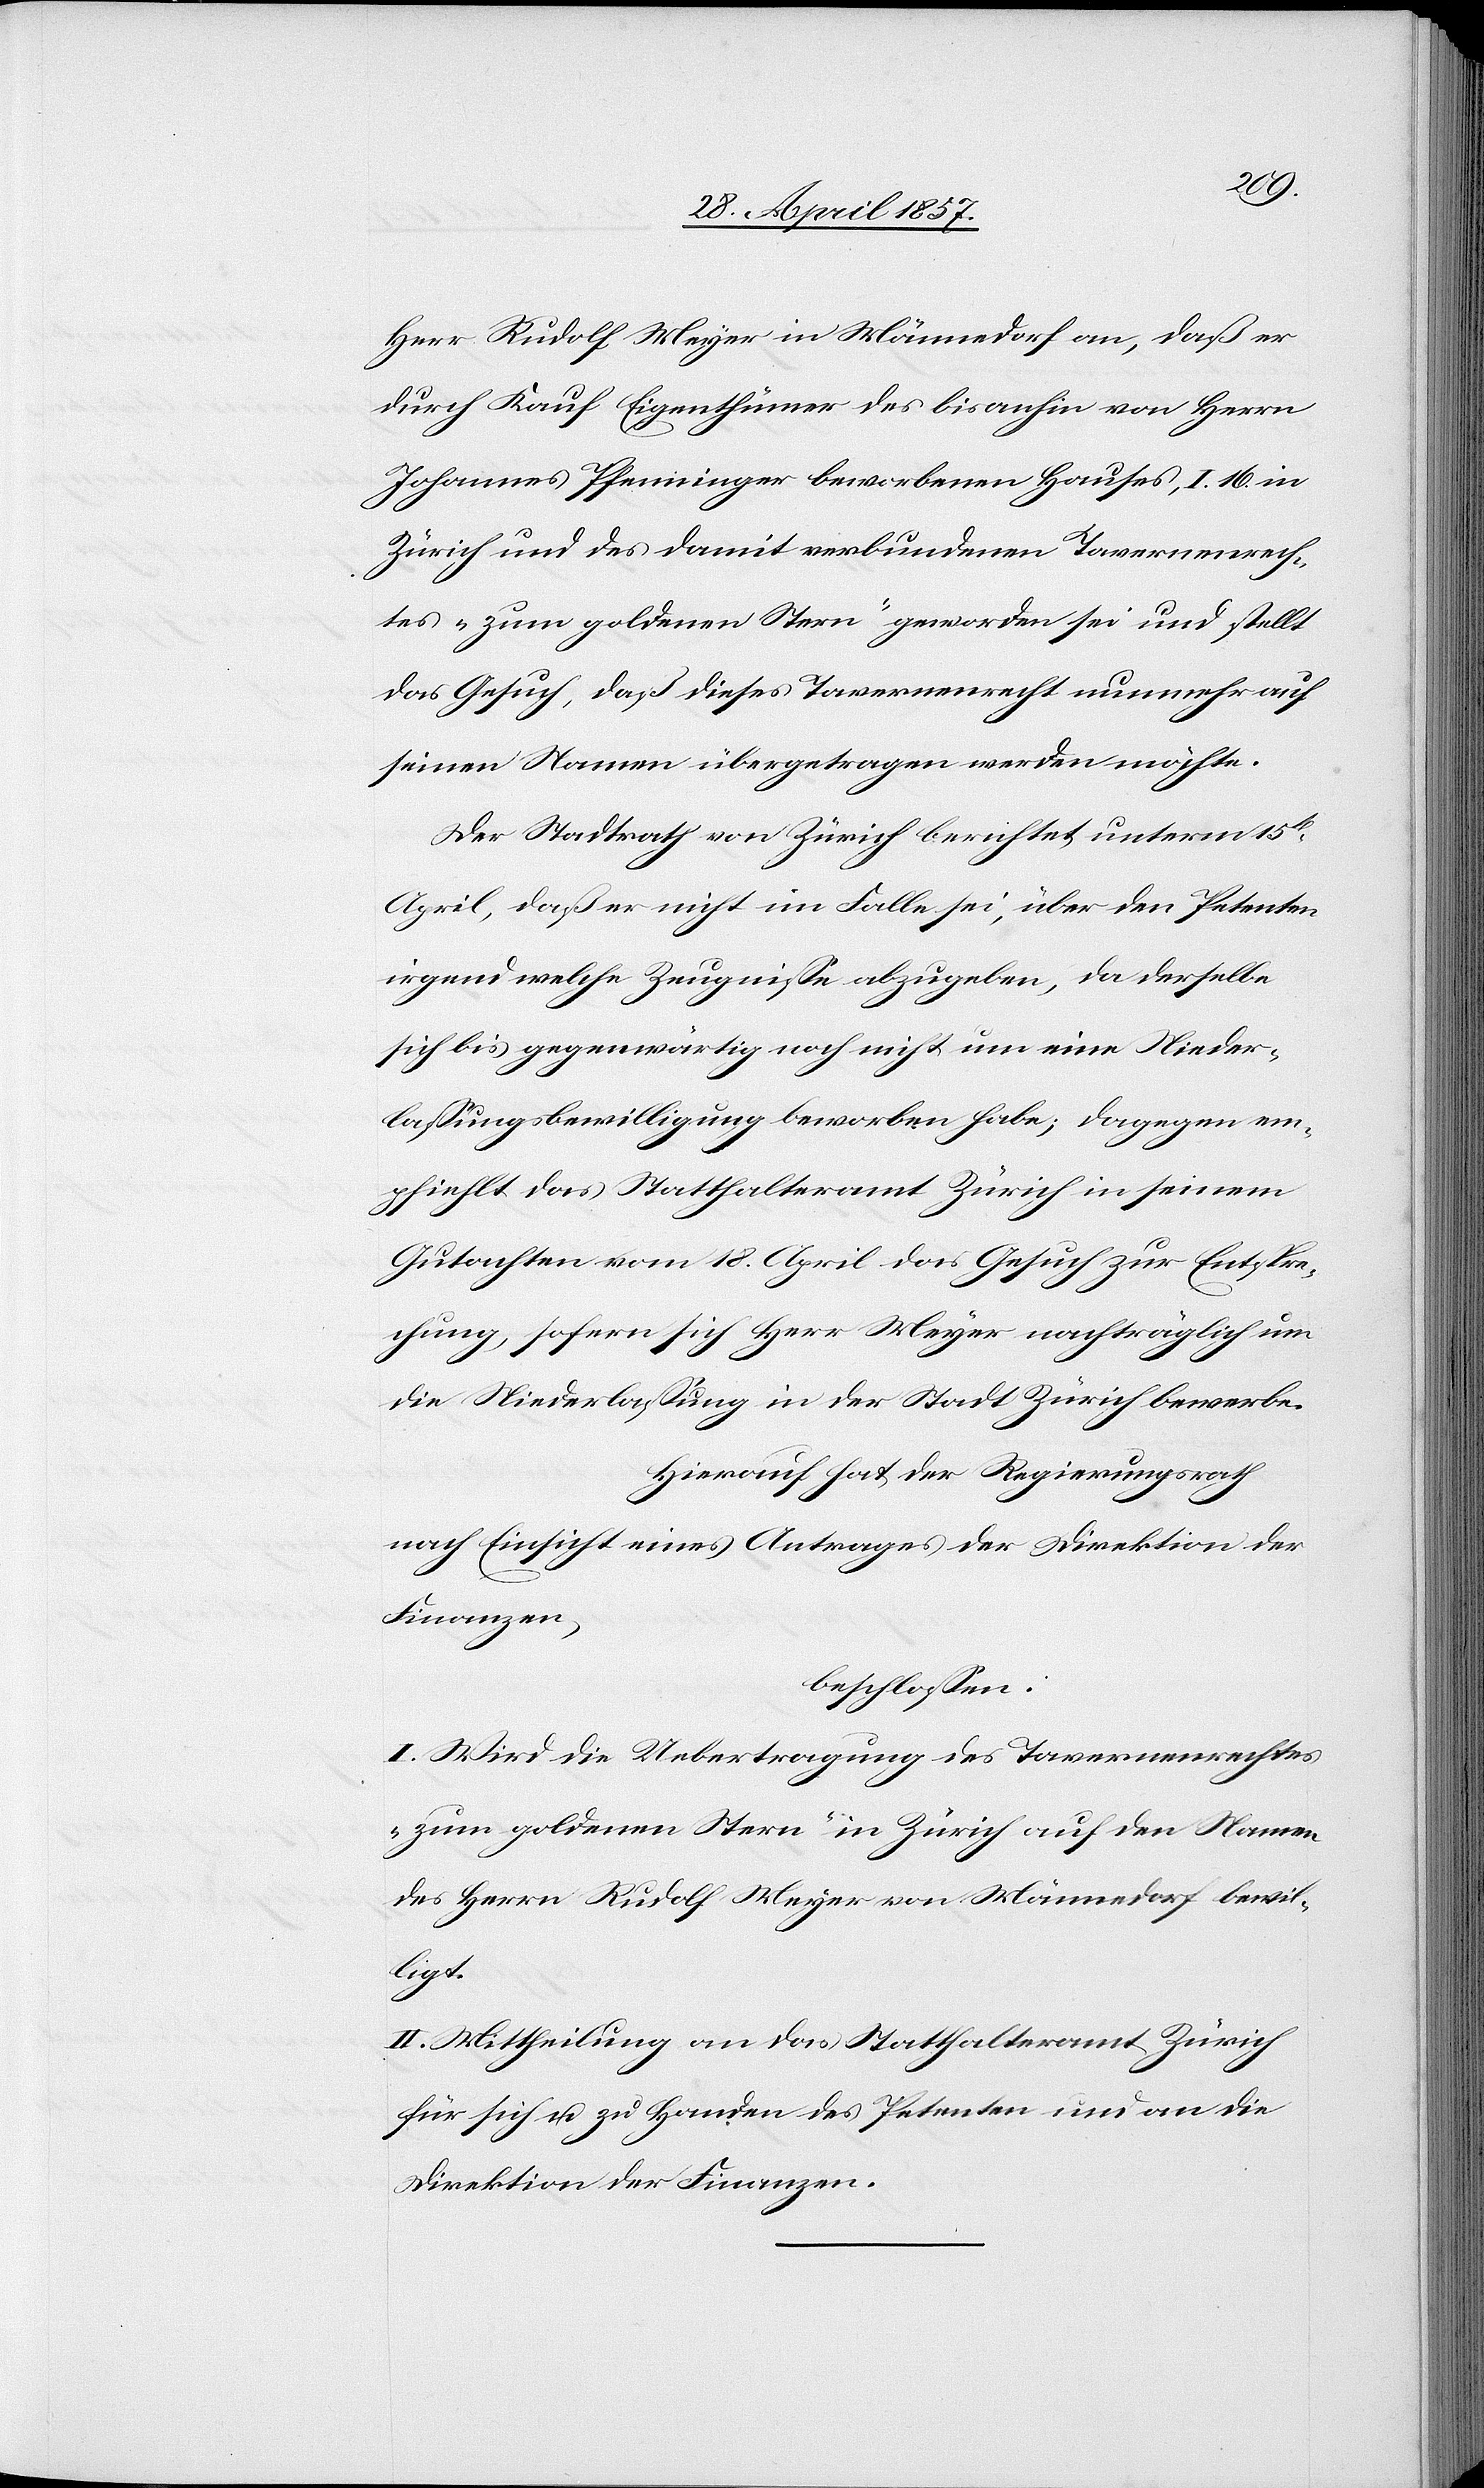
Herr Rudolf Meyer in Männedorf an, daß er
durch Kauf Eigenthümer des bisanhin von Herrn
Johannes Pfenninger beworbenen Hauses, I. 16 in
Zürich und des damit verbundenen Tavernenrech¬
tes „zum goldenen Stern“ geworden sei und stellt
das Gesuch, daß dieses Tavernenrecht nunmehr auf
seinen Namen übertragen werden möchte.
Der Stadtrath von Zürich berichtet unterm 15t
April, daß er nicht im Falle sei, über den Petenten
irgend welche Zeugnisse abzugeben, da derselbe
sich bis gegenwärtig noch nicht um eine Nieder¬
laßungsbewilligung beworben habe; dagegen em¬
pfiehlt das Statthalteramt Zürich in seinem
Gutachten vom 18 April das Gesuch zur Entspre¬
chung, sofern sich Herr Meyer nachträglich um
die Niederlaßung in der Stadt Zürich bewerbe.
Hierauf hat der Regierungsrath
nach Einsicht eines Antrages der Direktion der
Finanzen,
beschlossen:
I. Wird die Uebertragung des Tavernenrechtes
„zum goldenen Stern“ in Zürich auf den Namen
des Herrn Rudolf Meyer von Männedorf bewil¬
ligt.
II. Mittheilung an das Statthalteramt Zürich
für sich u. zu Handen des Petenten und an die
Direktion der Finanzen.